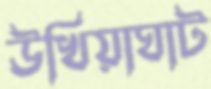
উখিয়াঘাট